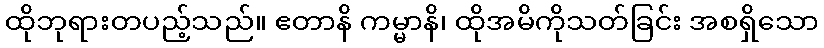
ထိုဘုရားတပည့်သည်။ ဧတာနိ ကမ္မာနိ၊ ထိုအမိကိုသတ်ခြင်း အစရှိသော